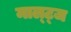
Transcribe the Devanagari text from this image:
माल्ट्ज